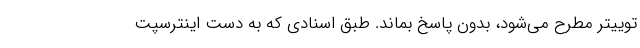
توییتر مطرح می‌شود، بدون پاسخ بماند. طبق اسنادی که به دست اینترسپت